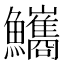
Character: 𩽨